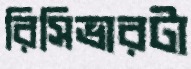
রিসিভারটা